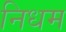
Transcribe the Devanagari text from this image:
निधम